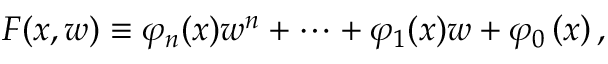
F ( x , w ) \equiv \varphi _ { n } ( x ) w ^ { n } + \cdots + \varphi _ { 1 } ( x ) w + \varphi _ { 0 } \left( x \right) ,